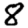
Digit: 8